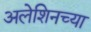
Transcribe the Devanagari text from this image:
अलेशिनच्या